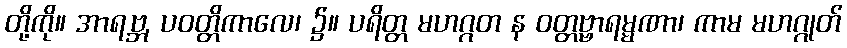
တို့ကို။ အာရဗ္ဘ, ပဝတ္တိကာလေ၊ ၌။ ပရိတ္တ မဟဂ္ဂတ န ဝတ္တဗ္ဗာရမ္မဏာ၊ ကာမ မဟဂ္ဂုတ်